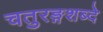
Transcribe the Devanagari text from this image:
चतुरङ्गशब्दे